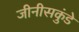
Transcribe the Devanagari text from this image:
जीनीसकुंडे